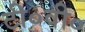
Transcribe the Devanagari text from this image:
टी०वी०